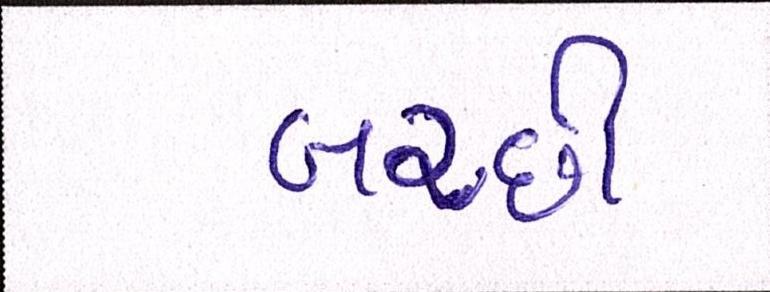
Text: બરછી